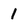
Character: 1